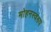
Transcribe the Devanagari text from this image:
मोहनस्वरुप